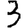
Digit: 3